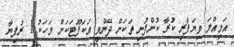
އަމިއްލަ ވިޔަފާރި ކުރާ ކުންފުނި ތަކަށް ދޭންވީ އަކަފޫޓަކަށް މަހަކު 1 ރުފިޔާ